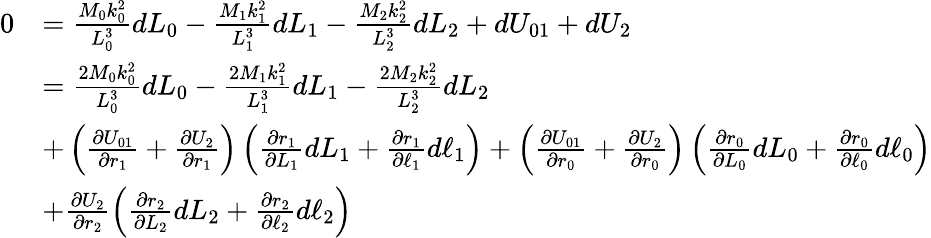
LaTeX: \begin{array}{rl}{0}&{=\frac{M_{0}k_{0}^{2}}{L_{0}^{3}}dL_{0}-\frac{M_{1}k_{1}^{2}}{L_{1}^{3}}dL_{1}-\frac{M_{2}k_{2}^{2}}{L_{2}^{3}}dL_{2}+dU_{01}+dU_{2}}\\ &{=\frac{2M_{0}k_{0}^{2}}{L_{0}^{3}}dL_{0}-\frac{2M_{1}k_{1}^{2}}{L_{1}^{3}}dL_{1}-\frac{2M_{2}k_{2}^{2}}{L_{2}^{3}}dL_{2}}\\ &{+\left(\frac{\partial U_{01}}{\partial r_{1}}+\frac{\partial U_{2}}{\partial r_{1}}\right)\left(\frac{\partial r_{1}}{\partial L_{1}}dL_{1}+\frac{\partial r_{1}}{\partial\ell_{1}}d\ell_{1}\right)+\left(\frac{\partial U_{01}}{\partial r_{0}}+\frac{\partial U_{2}}{\partial r_{0}}\right)\left(\frac{\partial r_{0}}{\partial L_{0}}dL_{0}+\frac{\partial r_{0}}{\partial\ell_{0}}d\ell_{0}\right)}\\ &{+\frac{\partial U_{2}}{\partial r_{2}}\left(\frac{\partial r_{2}}{\partial L_{2}}dL_{2}+\frac{\partial r_{2}}{\partial\ell_{2}}d\ell_{2}\right)}\end{array}